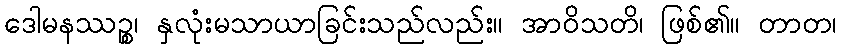
ဒေါမနဿဉ္စ၊ နှလုံးမသာယာခြင်းသည်လည်း။ အာဝိသတိ၊ ဖြစ်၏။ တာတ၊